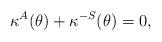
LaTeX: \begin{align*}\kappa^{A}(\theta) + \kappa^{-S}(\theta) = 0,\end{align*}